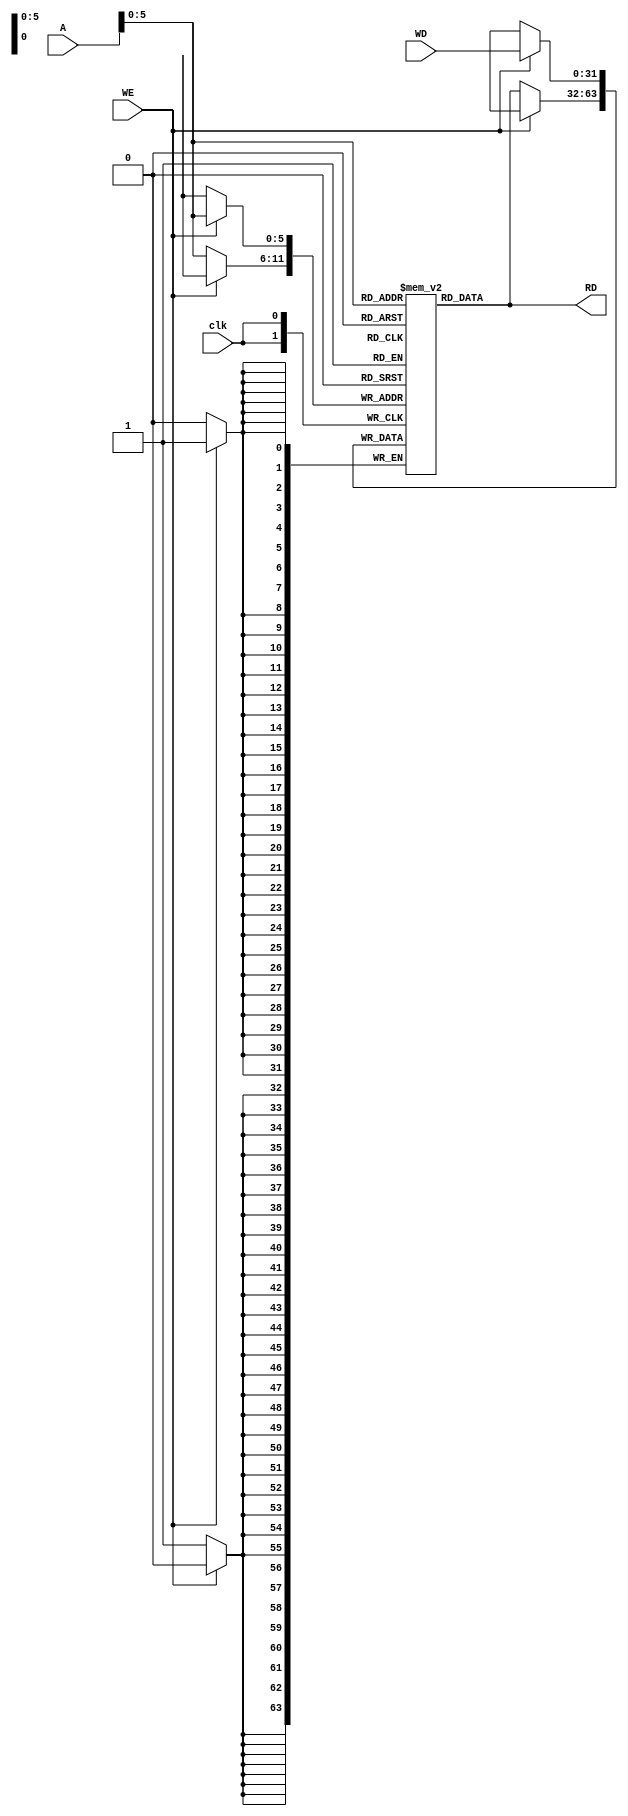
module data_memory(
input clk,WE,
input [31:0] A,
input [31:0] WD,
output [31:0] RD 
);

reg [31:0] data_memory [63:0];
//wire [31:0] data_1;
//wire [31:0] data_2;
//integer i ;


always@( posedge clk  ) begin
if ( WE == 1 )begin
data_memory[A] <= WD;
end
else begin
data_memory[A] <=data_memory[A] ;
end
end
assign  RD = data_memory[A] ;
 //RD = data_memory[A] ;
endmodule


//data_memory D1 ( .clk(clk_tb), .WE(WE_tb), .A(A_tb) , .WD(WD_tb),.RD(RD_tb));